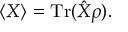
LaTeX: \langle X \rangle = \operatorname { T r } ( { \hat { X } } \rho ) .